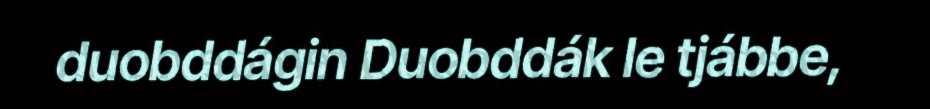
duobddágin Duobddák le tjábbe,